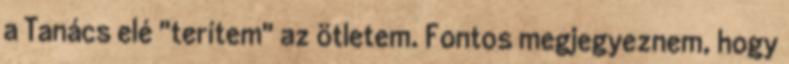
a Tanács elé "terítem" az ötletem. Fontos megjegyeznem, hogy